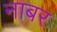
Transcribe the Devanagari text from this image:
नाबर